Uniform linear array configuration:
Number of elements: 32
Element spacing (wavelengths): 0.25
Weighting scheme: blackman
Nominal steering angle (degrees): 30
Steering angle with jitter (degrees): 28.544
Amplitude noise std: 0.05
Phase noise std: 0.05

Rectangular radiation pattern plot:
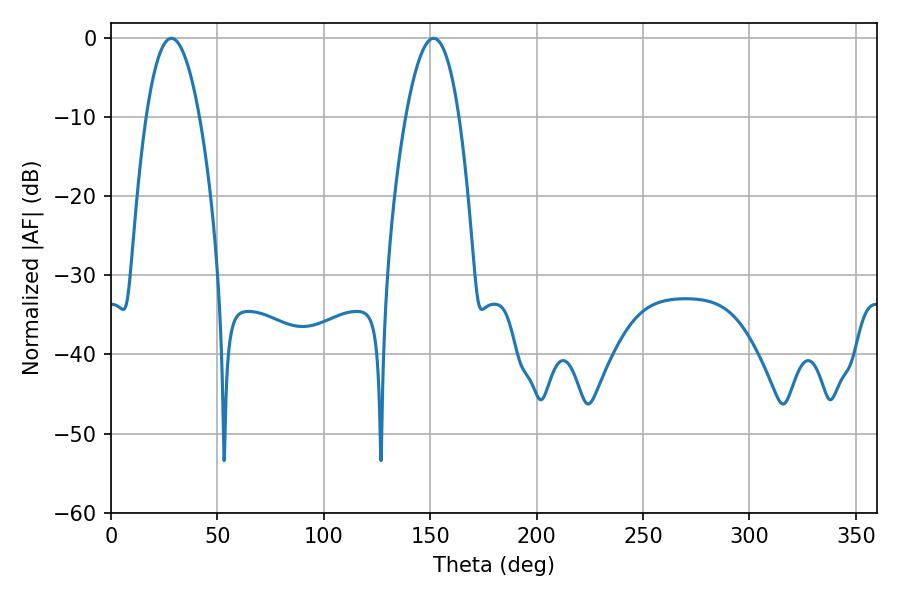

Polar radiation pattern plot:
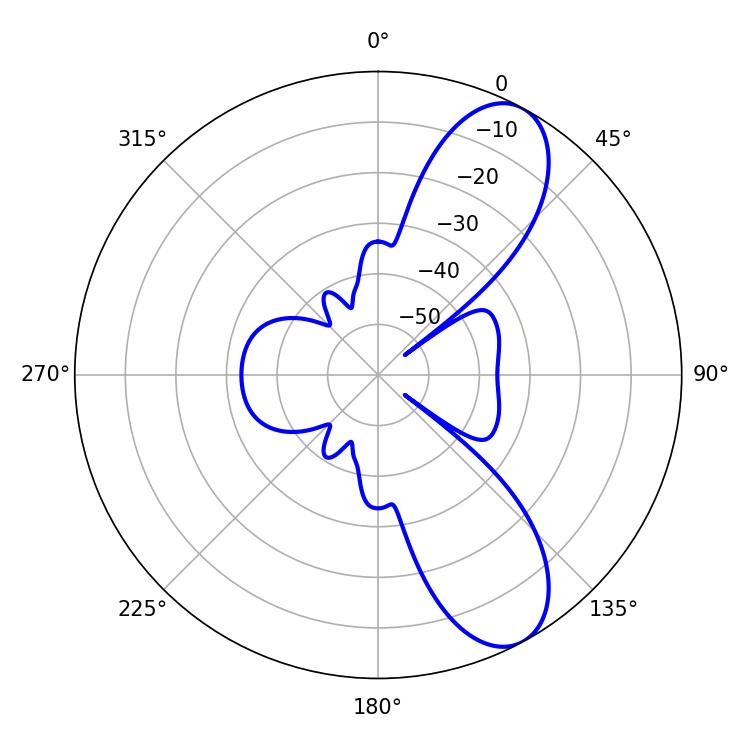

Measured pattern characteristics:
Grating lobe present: FALSE
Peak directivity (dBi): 9.085
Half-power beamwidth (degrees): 13.68
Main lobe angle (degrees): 28.44